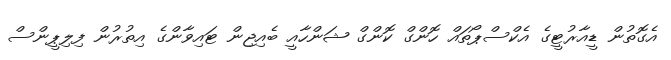
އެގޮތުން ޑީއާރުޓީގެ އެކްސްޕޯތައް ހޮންގް ކޮންގް ޝަންހާއީ ބެއިޖިން ޓައިވާންގެ އިތުރުން ފިލިޕީންސް